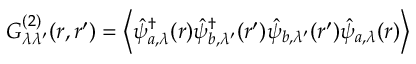
G _ { \lambda \lambda ^ { \prime } } ^ { ( 2 ) } ( \boldsymbol { r } , \boldsymbol { r } ^ { \prime } ) = \left\langle \hat { \psi } _ { a , \lambda } ^ { \dagger } ( \boldsymbol { r } ) \hat { \psi } _ { b , \lambda ^ { \prime } } ^ { \dagger } ( \boldsymbol { r } ^ { \prime } ) \hat { \psi } _ { b , \lambda ^ { \prime } } ( \boldsymbol { r } ^ { \prime } ) \hat { \psi } _ { a , \lambda } ( \boldsymbol { r } ) \right\rangle